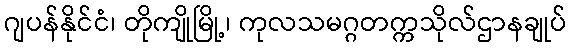
ဂျပန်နိုင်ငံ၊ တိုကျိုမြို့၊ ကုလသမဂ္ဂတက္ကသိုလ်ဌာနချုပ်